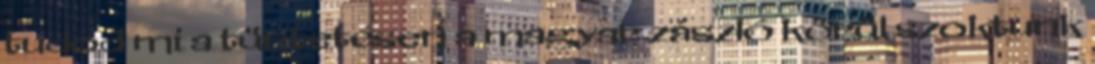
tudod mi a tüntetésen a magyar zászló körül szoktunk